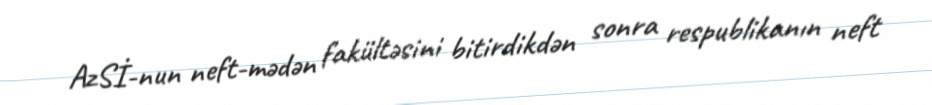
AzSİ-nun neft-mədən fakültəsini bitirdikdən sonra respublikanın neft